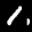
Label: 1